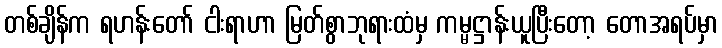
တစ်ချိန်က ရဟန်းတော် ငါးရာဟာ မြတ်စွာဘုရားထံမှ ကမ္မဋ္ဌာန်းယူပြီးတော့ တောအရပ်မှာ